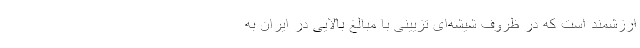
ارزشمند است که در ظروف شیشه‌ای تزیینی با مبالغ بالایی در ایران به